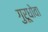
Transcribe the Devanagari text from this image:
गुरूधोवा